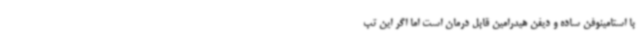
با استامینوفن ساده و دیفن هیدرامین قابل درمان است اما اگر این تب